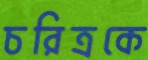
চরিত্রকে